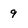
Character: 9